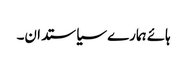
ہائے ہمارے سیاستدان۔